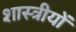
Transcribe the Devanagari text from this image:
शास्त्रीयों